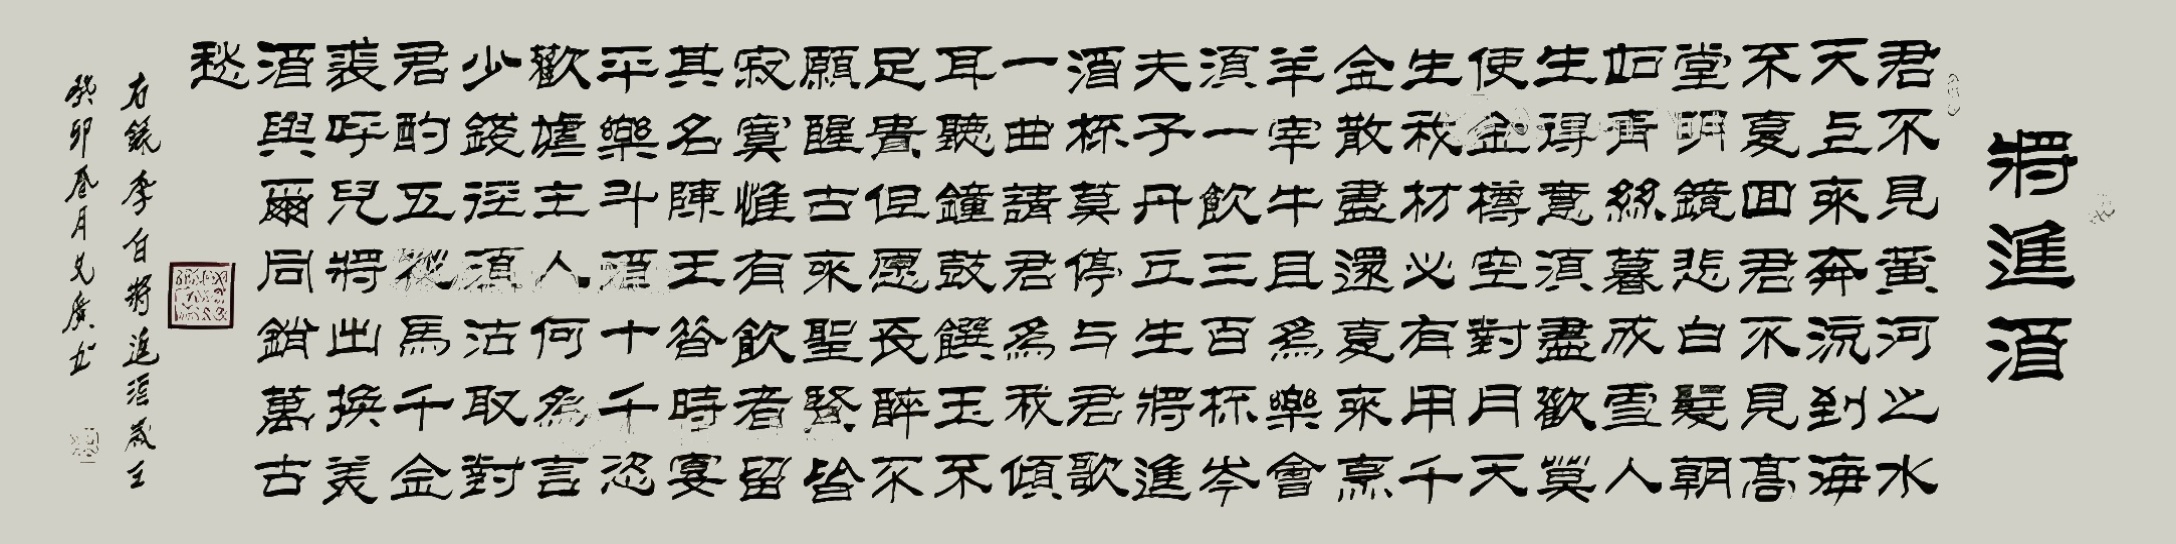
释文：君不见黄河之水天上来，奔流到海不复回。君不见高堂明镜悲白发，朝如青丝暮成雪。人生得意须尽欢，莫使金樽空对月。天生我材必有用，千金散尽还复来。烹羊宰牛且为乐，会须一饮三百杯。岑夫子，丹丘生，将进酒，杯莫停。与君歌一曲，请君为我倾耳听。钟鼓馔玉不足贵，但愿长醉不复醒。古来圣贤皆寂寞，惟有饮者留其名。陈王昔时宴平乐，斗酒十千恣欢谑。主人何为言少钱，径须沽取对君酌。五花马，千金裘，呼儿将出换美酒，与尔同销万古愁。梁文广2023年作